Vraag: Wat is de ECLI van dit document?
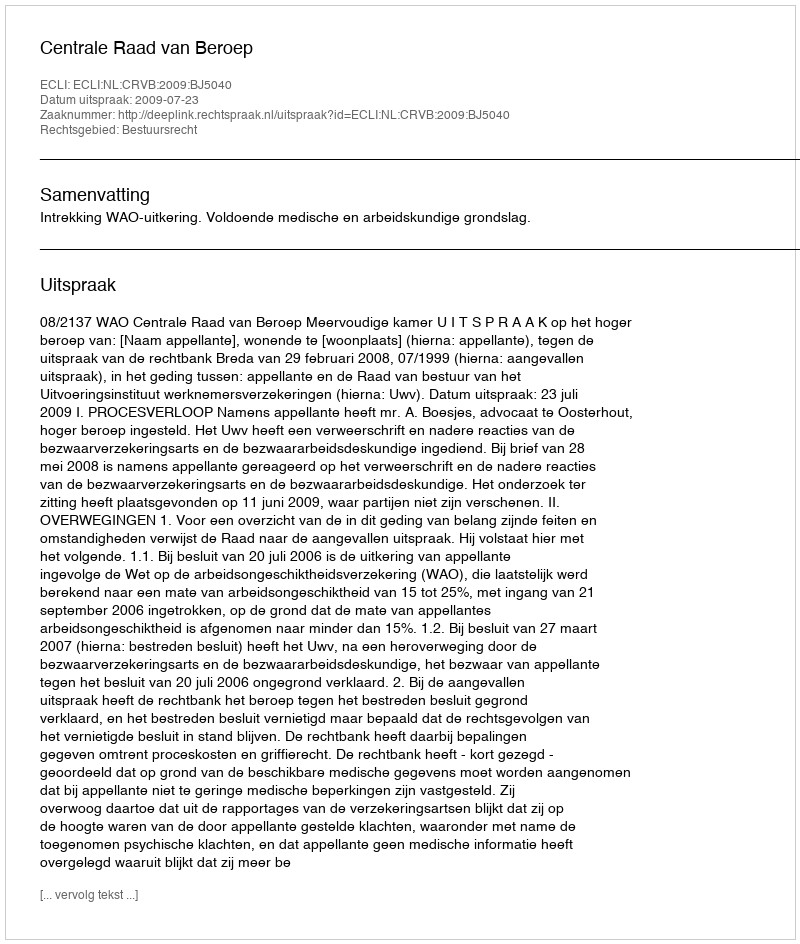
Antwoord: ECLI:NL:CRVB:2009:BJ5040